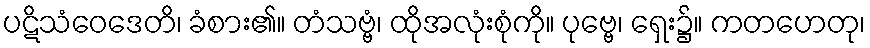
ပဋိသံဝေဒေတိ၊ ခံစား၏။ တံသဗ္ဗံ၊ ထိုအလုံးစုံကို။ ပုဗ္ဗေ၊ ရှေး၌။ ကတဟေတု၊